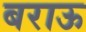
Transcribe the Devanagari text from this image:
बराऊ